General report no. 6 on the lunatic asylums, vaccination and dispensaries in the Bengal Presidency, 1873 -
Year: 1873
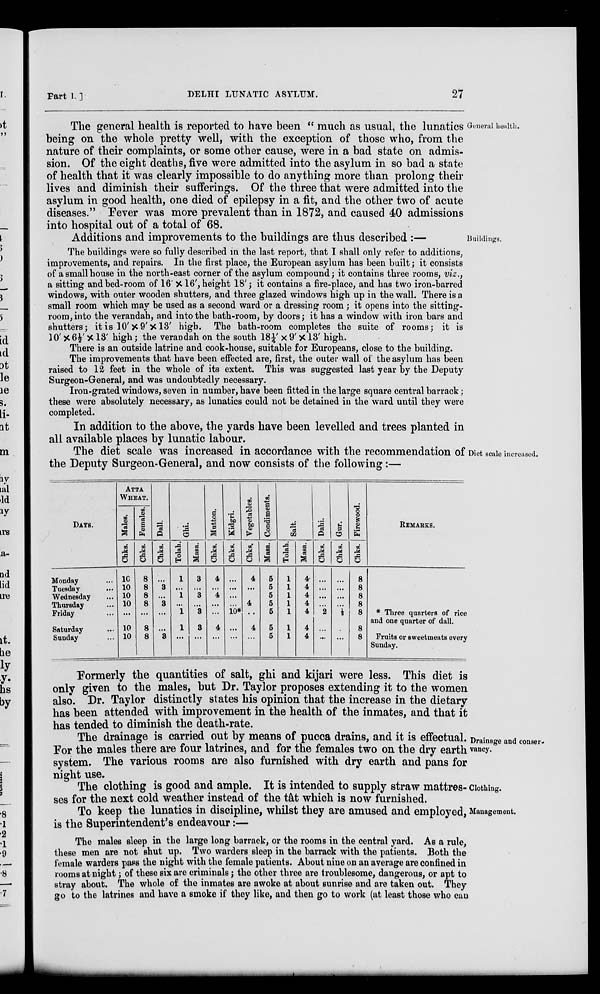
Part I. ]
DELHI LUNATIC ASYLUM.
27
General health.
The general health is reported to have been " much as usual, the lunatics
being on the whole pretty well, with the exception of those who, from the
nature of their complaints, or some other cause, were in a bad state on admis-
sion. Of the eight deaths, five were admitted into the asylum in so bad a state
of health that it was clearly impossible to do anything more than prolong their
lives and diminish their sufferings. Of the three that were admitted into the
asylum in good health, one died of epilepsy in a fit, and the other two of acute
diseases." Fever was more prevalent than in 1872, and caused 40 admissions
into hospital out of a total of 68.
Buildings.
Additions and improvements to the buildings are thus described :—
The buildings were so fully described in the last report, that I shall only refer to additions,
improvements, and repairs. In the first place, the European asylum has been built; it consists
of a small house in the north-east corner of the asylum compound; it contains three rooms, viz.,
a sitting and bed-room of 16' × 16', height 18' ; it contains a fire-place, and has two iron-barred
windows, with outer wooden shutters, and three glazed windows high up in the wall. There is a
small room which may be used as a second ward or a dressing room; it opens into the sitting-
room, into the verandah, and into the bath-room, by doors; it has a window with iron bars and
shutters; it is 10' × 9' × 13' high. The bath-room completes the suite of rooms; it is
10' × 6½' × 13' high ; the verandah on the south 18 ¼' × 9' × 13' high.
There is an outside latrine and cook-house, suitable for Europeans, close to the building.
The improvements that have been effected are, first, the outer wall of the asylum has been
raised to 12 feet in the whole of its extent. This was suggested last year by the Deputy
Surgeon-General, and was undoubtedly necessary.
Iron-grated windows, seven in number, have been fitted in the large square central barrack;
these were absolutely necessary, as lunatics could not be detained in the ward until they were
completed.
In addition to the above, the yards have been levelled and trees planted in
all available places by lunatic labour.
Diet scale increased.
The diet scale was increased in accordance with the recommendation of
the Deputy Surgeon-General, and now consists of the following:—
DAYS.
Monday ...
Tuesday ...
Wednesday ...
Thursday ...
Friday ...
Saturday ...
Sunday ...
ATTA
WHEAT.
Males.
Chks.
10
10
10
10
...
10
10
Females.
Chks.
8
8
8
8
...
8
8
Dall.
Chks.
...
3
...
3
...
...
3
Ghi.
Tolah.
1
...
1
...
1
1
...
Masa.
3
...
3
...
3
3
...
Mutton.
Chks.
4
...
4
...
...
4
...
Kidgri.
Chks.
...
...
...
...
10*
...
...
Vegetables.
Chks.
4
...
...
4
...
4
...
Condiments.
Masa.
5
5
5
5
5
5
5
Salt.
Tolah.
1
1
1
1
1
1
1
Masa.
4
4
4
4
4
4
4
Dahi.
Chks.
...
...
...
...
2
...
...
Gur.
Chks.
...
...
...
...
½
...
...
Firewood.
Chks.
8
8
8
8
8
8
8
REMARKS.
* Three quarters of rice
and one quarter of dall.
Fruits or sweetmeats every
Sunday.
Formerly the quantities of salt, ghi and kijari were less. This diet is
only given to the males, but Dr. Taylor proposes extending it to the women
also. Dr. Taylor distinctly states his opinion that the increase in the dietary
has been attended with improvement in the health of the inmates, and that it
has tended to diminish the death-rate.
Drainage and conser-
vancy.
The drainage is carried out by means of pucca drains, and it is effectual.
For the males there are four latrines, and for the females two on the dry earth
system. The various rooms are also furnished with dry earth and pans for
night use.
Clothing.
The clothing is good and ample. It is intended to supply straw mattres-
ses for the next cold weather instead of the tât which is now furnished.
Management.
To keep the lunatics in discipline, whilst they are amused and employed,
is the Superintendent's endeavour:—
The males sleep in the large long barrack, or the rooms in the central yard. As a rule,
these men are not shut up. Two warders sleep in the barrack with the patients. Both the
female warders pass the night with the female patients. About nine on an average are confined in
rooms at night ; of these six are criminals; the other three are troublesome, dangerous, or apt to
stray about. The whole of the inmates are awoke at about sunrise and are taken out. They
go to the latrines and have a smoke if they like, and then go to work (at least those who can